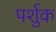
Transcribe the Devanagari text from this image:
पर्शुक